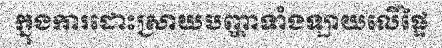
ក្នុងការដោះស្រាយបញ្ហាទាំងឡាយលើផ្ទៃ